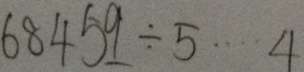
6 8 4 5 9 \div 5 \cdots 4